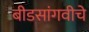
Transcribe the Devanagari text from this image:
बीडसांगवीचे